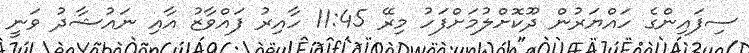
ސިފައިންގެ ހައްޔަރުން ދޫކޮށްލުމަށްފަހު މިރޭ 11:45 ހާއިރު ފައްވާޒު އާއި ނައުޝާދު ވަނީ